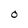
Character: O